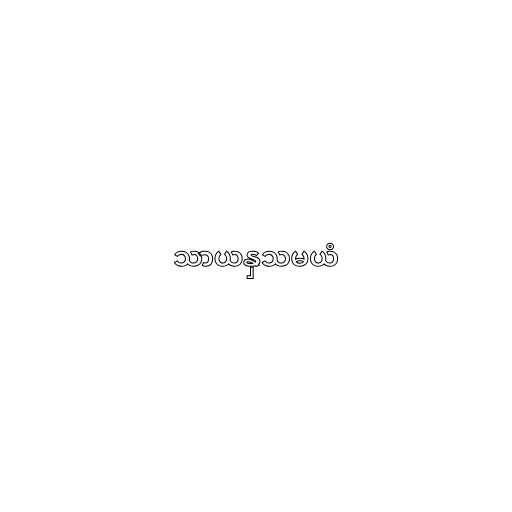
သာယနှသမယံ